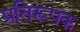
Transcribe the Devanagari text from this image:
प्रतिरूपक